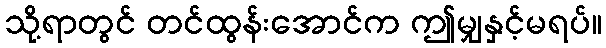
သို့ရာတွင် တင်ထွန်းအောင်က ဤမျှနှင့်မရပ်။